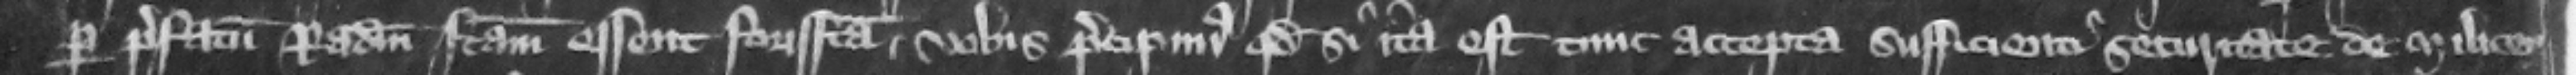
per prefatum Radulphum factam essent forisfacta vobis precipimus quod si ita est tunc accepta sufficienti securitate de Milicen